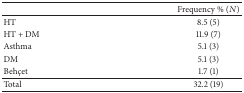
<table><thead><tr><td><b> </b></td><td><b>Frequency % (<i>N</i>)</b></td></tr></thead><tbody><tr><td>HT</td><td>8.5 (5)</td></tr><tr><td>HT + DM</td><td>11.9 (7)</td></tr><tr><td>Asthma</td><td>5.1 (3)</td></tr><tr><td>DM</td><td>5.1 (3)</td></tr><tr><td>Behçet</td><td>1.7 (1)</td></tr><tr><td> Total</td><td>32.2 (19)</td></tr></tbody></table>